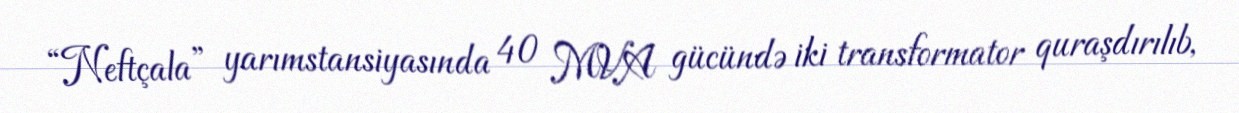
“Neftçala” yarımstansiyasında 40 MVA gücündə iki transformator quraşdırılıb,